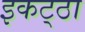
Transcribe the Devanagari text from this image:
इकट्‌ठा